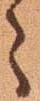
々